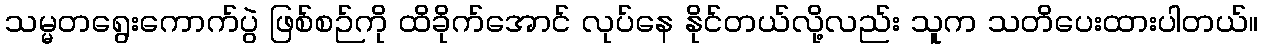
သမ္မတရွေးကောက်ပွဲ ဖြစ်စဉ်ကို ထိခိုက်အောင် လုပ်နေ နိုင်တယ်လို့လည်း သူက သတိပေးထားပါတယ်။